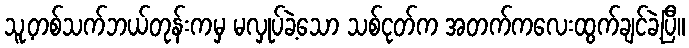
သူ့တစ်သက်ဘယ်တုန်းကမှ မလှုပ်ခဲ့သော သစ်ငုတ်က အတက်ကလေးထွက်ချင်ခဲ့ပြီ။